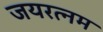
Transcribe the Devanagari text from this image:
जयरत्नम